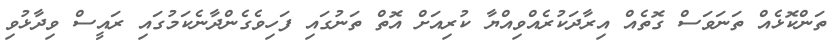
ތަންކޮޅެއް ތަނަވަސް ގޮތެއް އިރާދަކުރެއްވިއްޔާ ކުރިއަށް އޮތް ތަނުގައި ފަހިވެގެންދާނެކަމުގައި ރައީސް ވިދާޅުވި